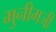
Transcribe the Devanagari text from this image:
मुनीमजी